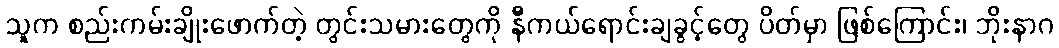
သူက စည်းကမ်းချိုးဖောက်တဲ့ တွင်းသမားတွေကို နီကယ်ရောင်းချခွင့်တွေ ပိတ်မှာ ဖြစ်ကြောင်း၊ ဘိုးနာဂ